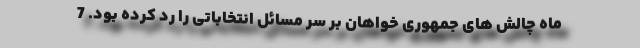
ماه چالش های جمهوری خواهان بر سر مسائل انتخاباتی را رد کرده بود. 7